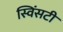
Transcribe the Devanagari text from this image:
स्विंसटी